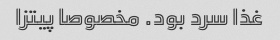
غذا سرد بود. مخصوصا پیتزا